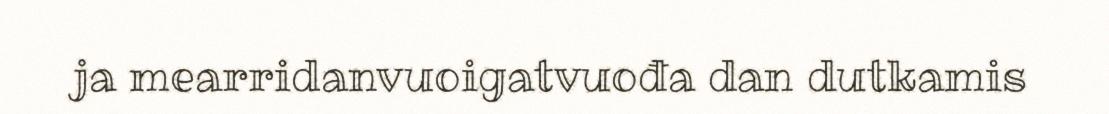
ja mearridanvuoigatvuođa dan dutkamis